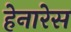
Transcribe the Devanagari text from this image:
हेनारेस